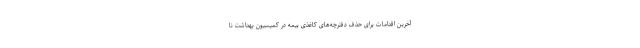
آخرین اقدامات برای حذف دفترچه‌های کاغذی بیمه در کمیسیون بهداشت نا